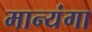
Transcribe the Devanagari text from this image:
मान्यंगा